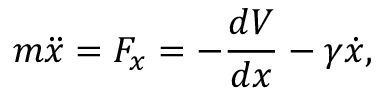
m \ddot { x } = F _ { x } = - \frac { d V } { d x } - \gamma \dot { x } ,